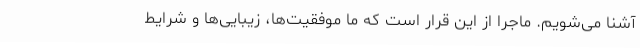
آشنا می‌شویم. ماجرا از این قرار است که ما موفقیت‌ها، زیبایی‌ها و شرایط